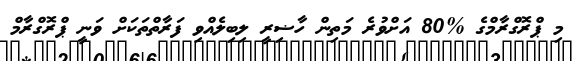
މި ޕްރޮގްރާމްގެ %80 އަށްވުރެ މަތިން ހާޟިރީ ލިބިލެއްވި ފަރާތްތަކަށް ވަނީ ޕްރޮގްރާމް